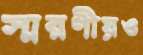
স্মরণীয়ও